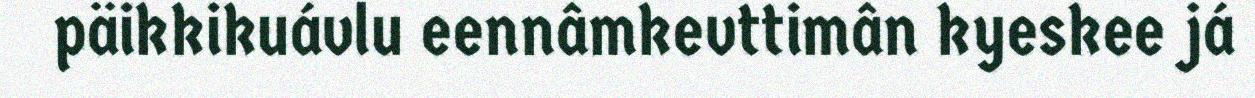
päikkikuávlu eennâmkevttimân kyeskee já